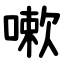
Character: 嗽